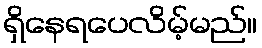
ရှိနေရပေလိမ့်မည်။